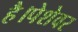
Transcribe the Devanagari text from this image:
है।पेशेवर